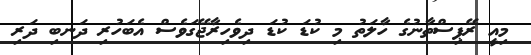
މިއީ ރޭޕިސްތާނުގެ ހާލަތު މި ކުޑަ ކުޑަ ދިވެހިރާޖޭގަވެސް އެބަހުރި ދަނބި ދަރި